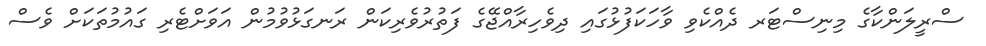
ސްރީލަންކާގެ މިނިސްޓަރ ދެއްކެވި ވާހަކަފުޅުގައި ދިވެހިރާއްޖޭގެ ފަތުރުވެރިކަން ރަނގަޅުވުމުން އަވަށްޓެރި ގައުމުތަކަށް ވެސް